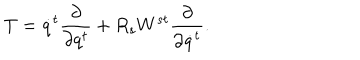
T = \dot { q } ^ { t } \frac { \partial } { \partial q ^ { t } } + R _ { s } W ^ { s t } \frac { \partial } { \partial \dot { q } ^ { t } } .